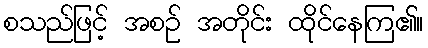
စသည်ဖြင့် အစဉ် အတိုင်း ထိုင်နေကြ၏။